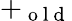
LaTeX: +_{\mathrm{~o~l~d~}}